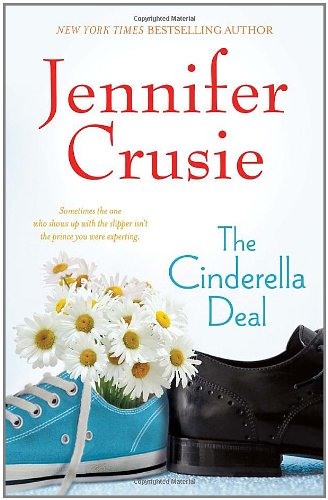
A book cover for The Cinderella Deal; Jennifer Crusie; Literature & Fiction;